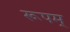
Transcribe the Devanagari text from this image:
रूपम्